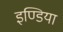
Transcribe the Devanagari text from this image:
इण्‍डिया